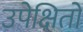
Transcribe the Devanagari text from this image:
उपेक्षितों